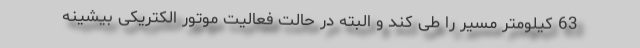
63 کیلومتر مسیر را طی کند و البته در حالت فعالیت موتور الکتریکی بیشینه